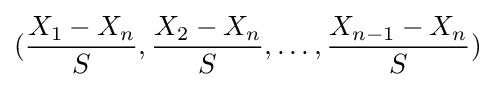
({\frac {X_{1}-X_{n}}{S}},{\frac {X_{2}-X_{n}}{S}},\dots ,{\frac {X_{n-1}-X_{n}}{S}})